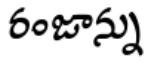
రంజాన్ను